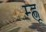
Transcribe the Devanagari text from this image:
म्ह्णू